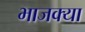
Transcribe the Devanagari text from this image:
भाजक्या